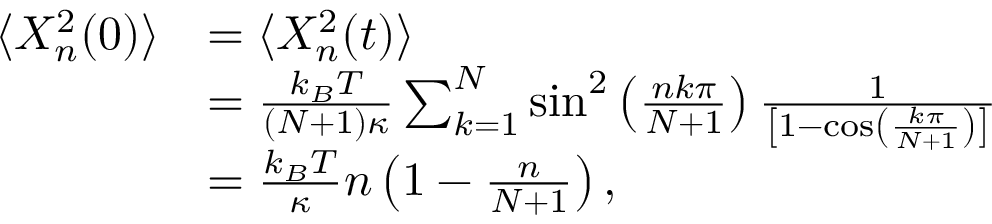
\begin{array} { r l } { \langle X _ { n } ^ { 2 } ( 0 ) \rangle } & { = \langle X _ { n } ^ { 2 } ( t ) \rangle } \\ & { = \frac { k _ { B } T } { ( N + 1 ) \kappa } \sum _ { k = 1 } ^ { N } \sin ^ { 2 } \left( \frac { n k \pi } { N + 1 } \right) \frac { 1 } { \left[ 1 - \cos \left( \frac { k \pi } { N + 1 } \right) \right] } } \\ & { = \frac { k _ { B } T } { \kappa } n \left( 1 - \frac { n } { N + 1 } \right) , } \end{array}